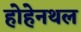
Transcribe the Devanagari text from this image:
होहेनथल